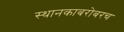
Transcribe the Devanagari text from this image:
स्थानकाबरोबरच